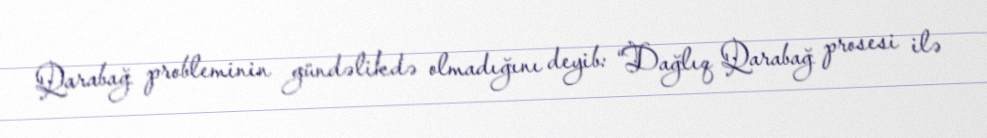
Qarabağ probleminin gündəlikdə olmadığını deyib: “Dağlıq Qarabağ prosesi ilə